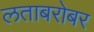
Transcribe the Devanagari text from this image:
लताबरोबर